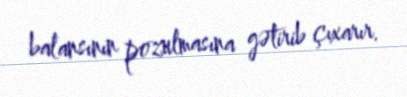
balansının pozulmasına gətirib çıxarır.